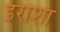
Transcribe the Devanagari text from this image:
इराशा